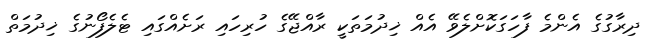
ދިރާގުގެ އެންމެ ފާހަގަކޮށްލެވޭ އެއް ޚިދުމަތަކީ ރާއްޖޭގެ ހުރިހައި ރަށެއްގައި ޓެލެފޯނުގެ ޚިދުމަތް